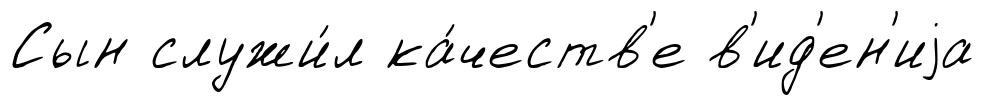
Сын служи́л ка́честв'е в'ид'ен'иjа